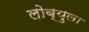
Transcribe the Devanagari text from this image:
लोब्युला